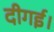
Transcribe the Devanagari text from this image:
दीगई।